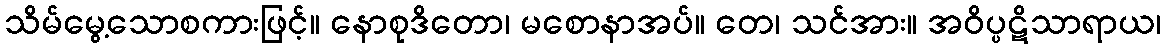
သိမ်မွေ့သောစကားဖြင့်။ နောစုဒိတော၊ မစောနာအပ်။ တေ၊ သင်အား။ အဝိပ္ပဋိသာရာယ၊